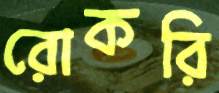
রোকরি